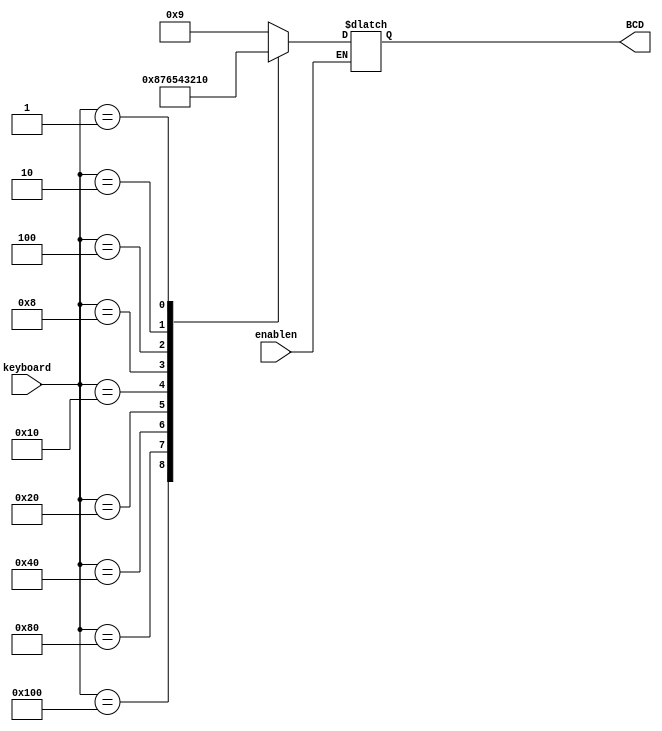
module encoder (  input wire [9:0] keyboard, input wire enablen,
                  output reg [3:0] BCD
);

  always @ (keyboard)
  begin
    if (enablen == 1'b0)
    begin
      case (keyboard)
        10'b1000000000: BCD = 4'b1001;
        10'b0100000000: BCD = 4'b1000;
        10'b0010000000: BCD = 4'b0111;
        10'b0001000000: BCD = 4'b0110;
        10'b0000100000: BCD = 4'b0101;
        10'b0000010000: BCD = 4'b0100;
        10'b0000001000: BCD = 4'b0011;
        10'b0000000100: BCD = 4'b0010;
        10'b0000000010: BCD = 4'b0001;
        10'b0000000001: BCD = 4'b0000;
        default: BCD = 4'bxxxx;
      endcase
    end
  end
endmodule